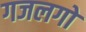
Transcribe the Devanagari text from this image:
गजलगो